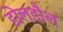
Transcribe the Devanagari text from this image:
डोलडौल